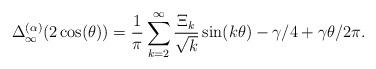
LaTeX: \begin{align*}\Delta_\infty^{(\alpha)} (2 \cos(\theta) )= \frac{1}{\pi} \sum_{k=2}^\infty \frac{\Xi_k}{\sqrt{k}} \sin(k \theta) - \gamma/4 +\gamma \theta/2\pi.\end{align*}